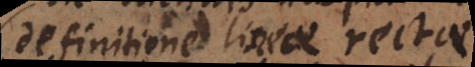
definitione lineae rectae